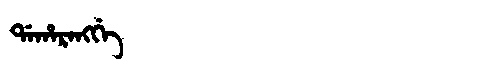
Manchu: ᡩᠠᡥᠠᡵᠠᠩᡤᡝ
Romanization: DAHARANGGE